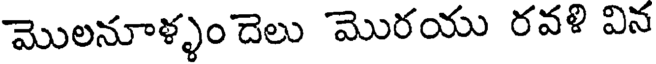
మొలనూళ్ళం దెలు మొరయు రవళి విన